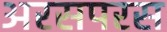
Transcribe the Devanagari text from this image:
अरसपरस